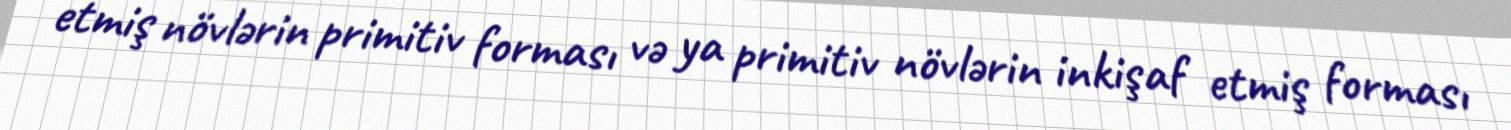
etmiş növlərin primitiv forması və ya primitiv növlərin inkişaf etmiş forması